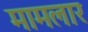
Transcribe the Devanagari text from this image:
मामलार